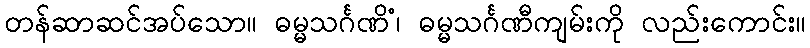
တန်ဆာဆင်အပ်သော။ ဓမ္မသင်္ဂဏိံ၊ ဓမ္မသင်္ဂဏီကျမ်းကို လည်းကောင်း။